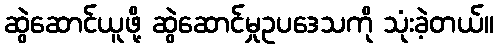
ဆွဲဆောင်ယူဖို့ ဆွဲဆောင်မှုဥပဒေသကို သုံးခဲ့တယ်။